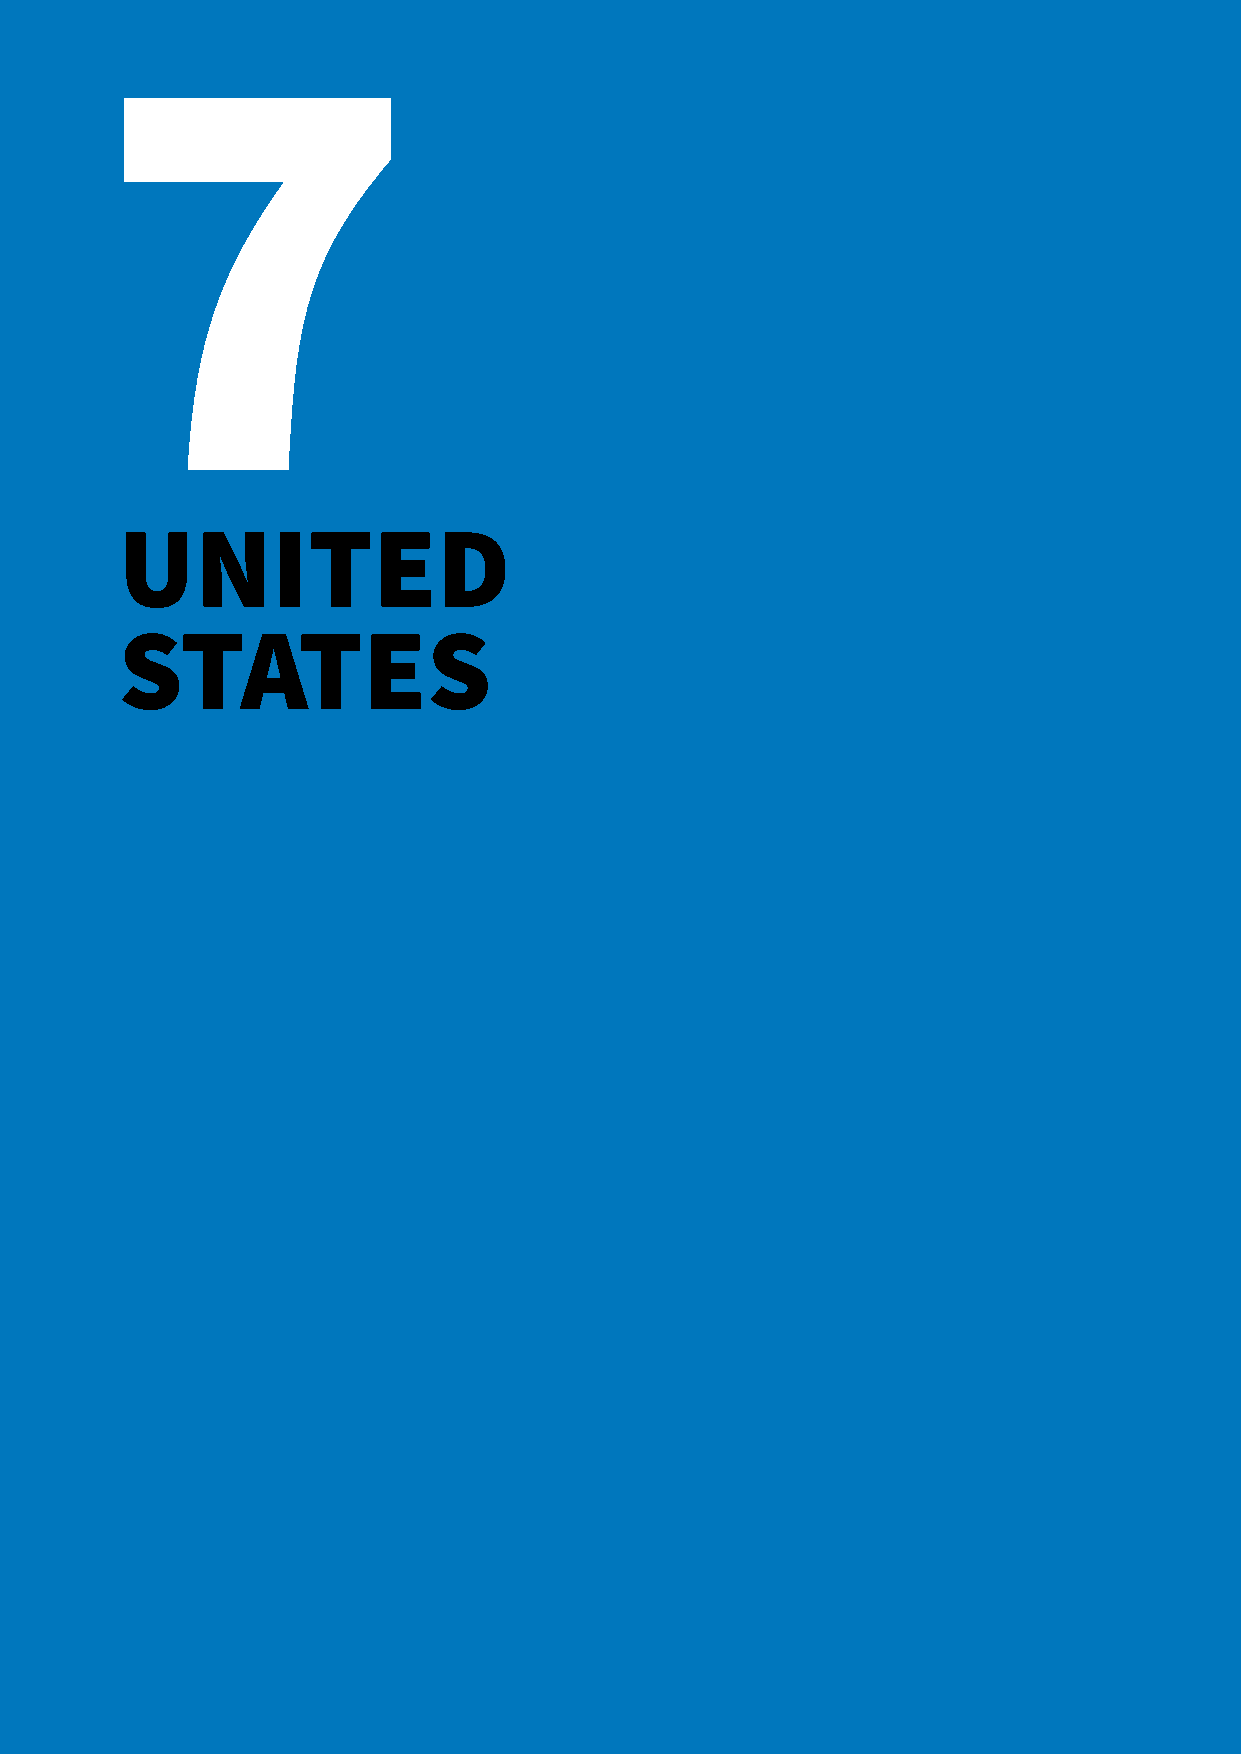
7
 UNITED
 STATES
 chapitre 3 — France                                             95